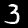
Label: 3